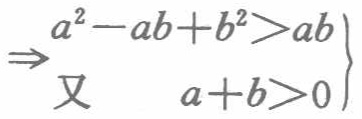
\[

\begin{align}

&\Rightarrow a^{2}-ab + b^{2}>ab\\

&\text{又}\quad a + b>0

\end{align}

\]